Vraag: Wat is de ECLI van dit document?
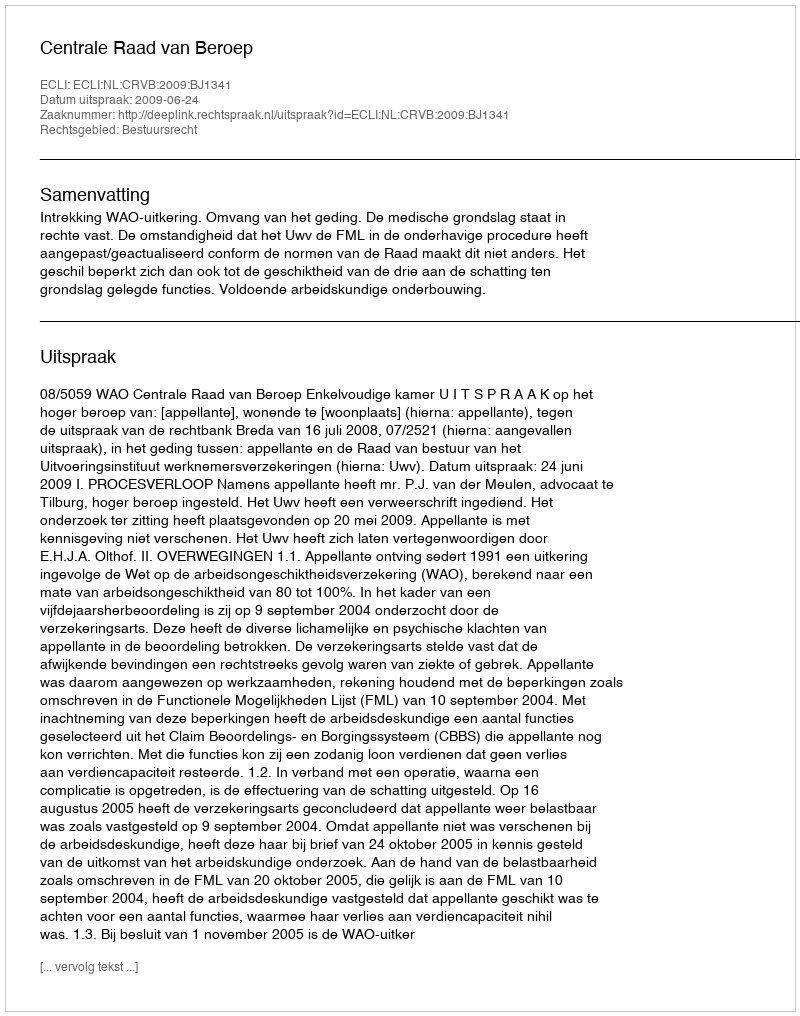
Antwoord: ECLI:NL:CRVB:2009:BJ1341